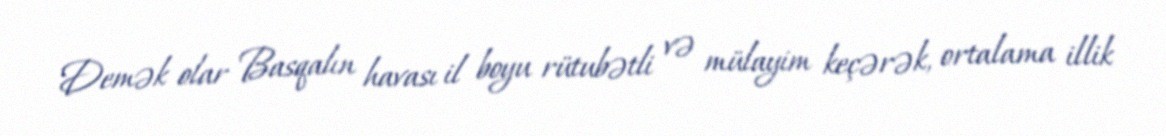
Demək olar Basqalın havası il boyu rütubətli və mülayim keçərək, ortalama illik